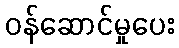
ဝန်ဆောင်မှုပေး